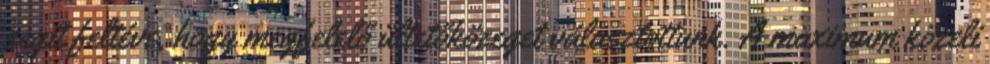
segít feltéve, hogy megfelelő ültetőközeget választottunk. A maximum közeli